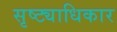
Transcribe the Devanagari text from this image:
सृष्ट्याधिकार